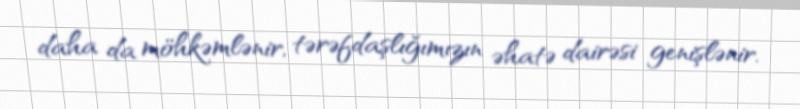
daha da möhkəmlənir, tərəfdaşlığımızın əhatə dairəsi genişlənir.